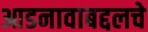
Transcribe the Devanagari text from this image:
आडनावाबद्दलचे